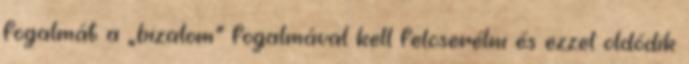
fogalmát a „bizalom” fogalmával kell felcserélni és ezzel oldódik